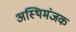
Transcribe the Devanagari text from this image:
अस्थिमंजक